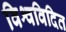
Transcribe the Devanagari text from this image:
विश्वविदित